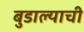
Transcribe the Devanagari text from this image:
बुडाल्याची